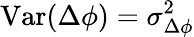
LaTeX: \mathrm{Var}(\Delta\phi)=\sigma_{\Delta\phi}^{2}